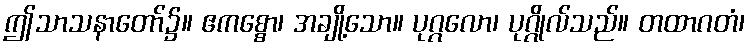
ဤသာသနာတော်၌။ ဧကစ္စော၊ အချို့သော။ ပုဂ္ဂလော၊ ပုဂ္ဂိုလ်သည်။ တထာဂတံ၊